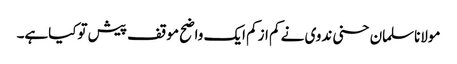
مولاناسلمان حسنی ندوی نے کم ازکم ایک واضح موقف پیش توکیاہے۔